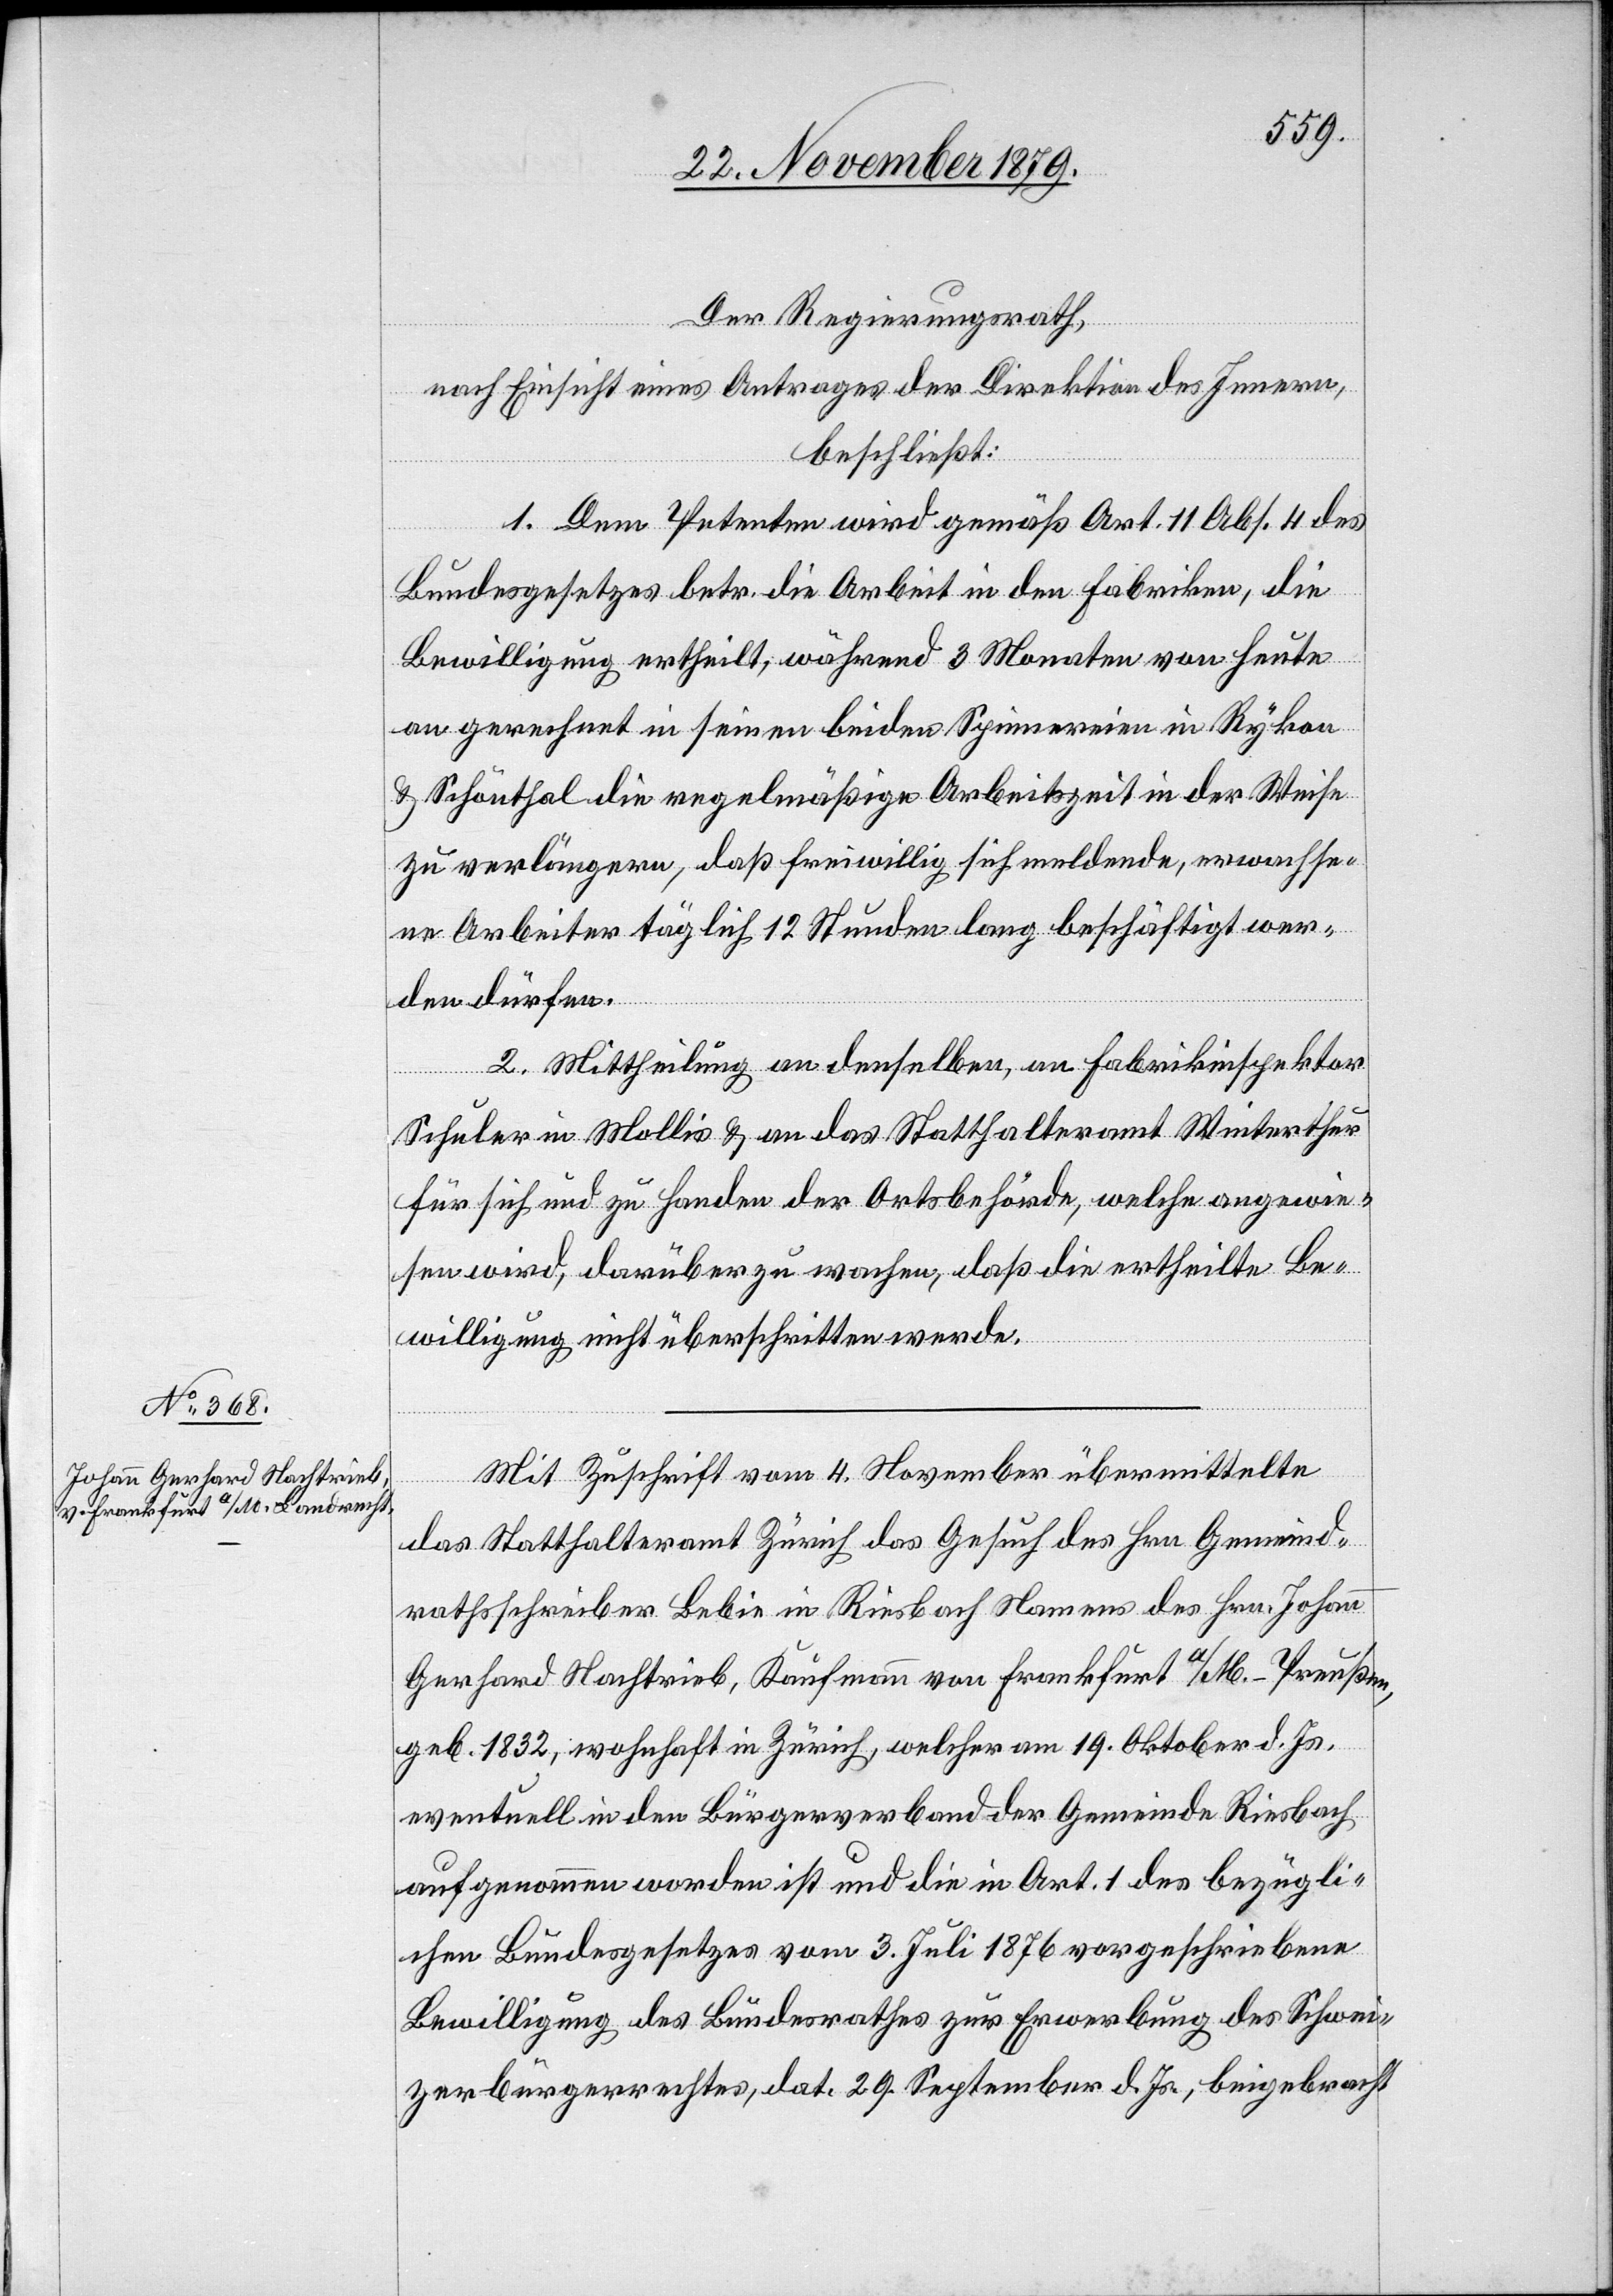
Der Regierungsrath,
nach Einsicht eines Antrages der Direktion des Innern,
beschließt:
1. Dem Petenten wird gemäß Art. 11[,] Abs. 4 des
Bundesgesetzes betr. die Arbeit in den Fabriken, die
Bewilligung ertheilt, während 3 Monaten von heute
an gerechnet in seinen beiden Spinnereien in Rykon
& Schönthal die regelmäßige Arbeitszeit in der Weise
zu verlängern, daß freiwillig sich meldende, erwachse¬
ne Arbeiter täglich 12 Stunden lang beschäftigt wer¬
den dürfen.
2. Mittheilung an denselben, an Fabrikinspektor
Schuler in Mollis & an das Statthalteramt Winterthur
für sich und zu Handen der Ortsbehörde, welche angewie¬
sen wird, darüber zu wachen, daß die ertheilte Be¬
willigung nicht überschritten werde.
Mit Zuschrift vom 4. November übermittelte
das Statthalteramt Zürich das Gesuch des Hrn. Gemeind¬
rathsschreiber Bebie in Riesbach Namens des Hrn. Johann
Gerhard Nachtrieb, Kaufmann von Frankfurt a/M. - Preußen,
geb. 1832 wohnhaft in Zürich, welcher am 19. Oktober d. Js.
eventuell in den Bürgerverband der Gemeinde Riesbach
aufgenommen worden ist und die in Art. 1 des bezügli¬
chen Bundesgesetzes vom 3. Juli 1876 vorgeschriebene
Bewilligung des Bundesrathes zur Erwerbung des Schwei¬
zerbürgerrechtes, dat. 29. September d. Js., beigebracht